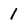
Character: 1